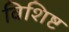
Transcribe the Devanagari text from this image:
विशिष्ट